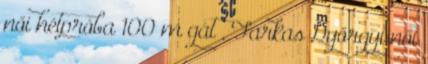
női hétpróba 100 m gát , Farkas Györgyi női